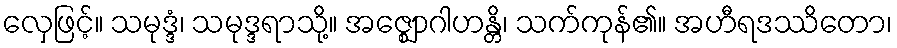
လှေဖြင့်။ သမုဒ္ဒံ၊ သမုဒ္ဒရာသို့။ အဇ္ဈောဂါဟန္တိ၊ သက်ကုန်၏။ အဟီရဒဿိတော၊